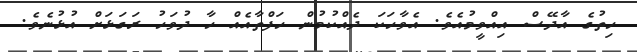
ހިތުގެ އާދޭސް އިއްވީމުއެވެ. އެވާހަކަ ދެއްކުމުން ހަފްތާއެއް ހާ ދުވަހު ރަގަޅަށް އުޅުނެވެ.